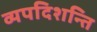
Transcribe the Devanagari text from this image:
व्यपदिशन्ति